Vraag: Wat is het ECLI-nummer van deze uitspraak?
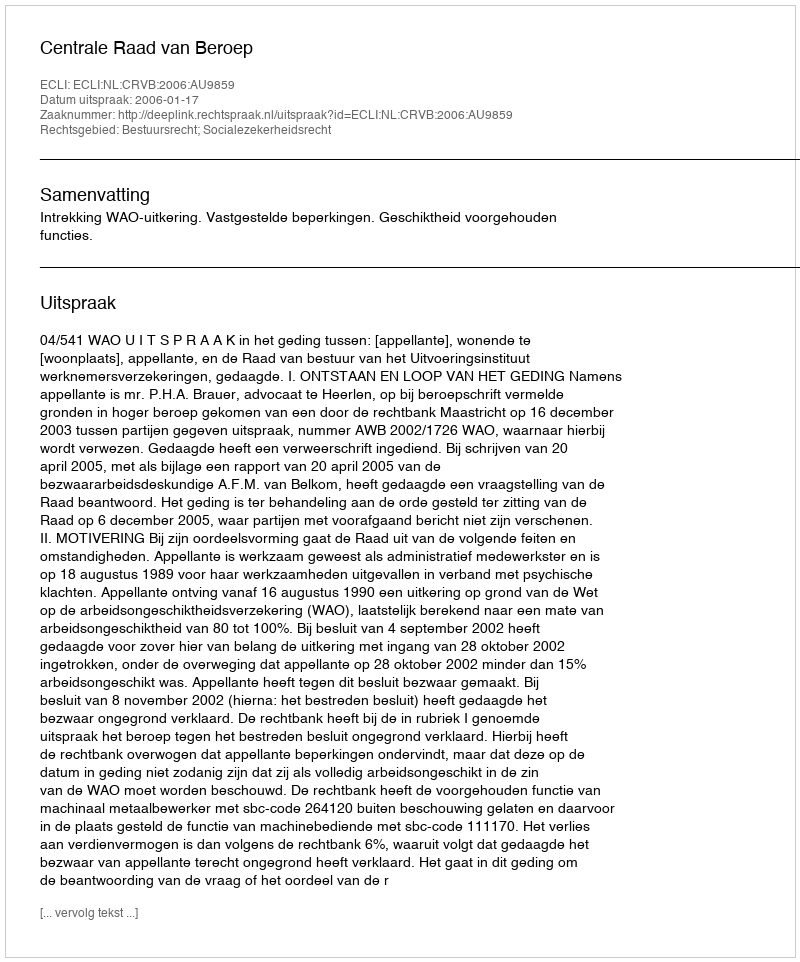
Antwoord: ECLI:NL:CRVB:2006:AU9859